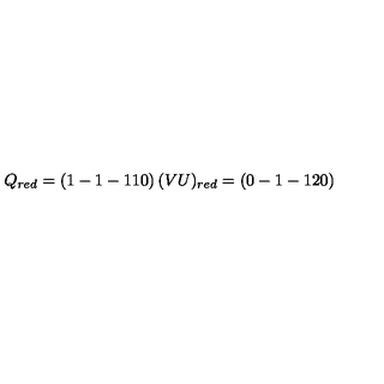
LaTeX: Q _ { r e d } = \left( 1 - 1 - 1 1 0 \right) ( V U ) _ { r e d } = \left( 0 - 1 - 1 2 0 \right)